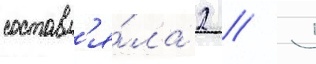
составл'я́ла 2 / 5